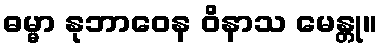
ဓမ္မာ နုဘာဝေန ဝိနာသ မေန္တု။